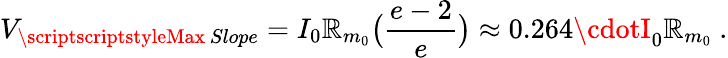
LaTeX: V_{\substack{\scriptscriptstyleMax\, Slope}}=I_{0}\mathbb{R}_{m_{0}}{\big(\frac{{e-2}}{{e}}\big)}\approx0.264\cdotI_{0}\mathbb{R}_{m_{0}}~.